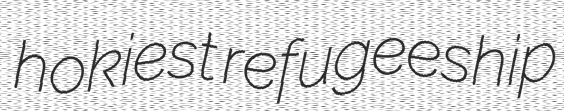
hokiest refugeeship